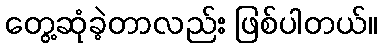
တွေ့ဆုံခဲ့တာလည်း ဖြစ်ပါတယ်။